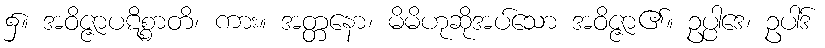
၌။ အဝိဇ္ဇာပဋိစ္စာတိ၊ ကား။ အတ္တနော၊ မိမိဟုဆိုအပ်သော အဝိဇ္ဇာ၏။ ဥပ္ပါဒေ၊ ဥပါဒ်